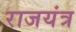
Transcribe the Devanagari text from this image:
राजयंत्र